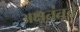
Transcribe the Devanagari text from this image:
अक्षतंतूचे